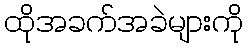
ထိုအခက်အခဲများကို